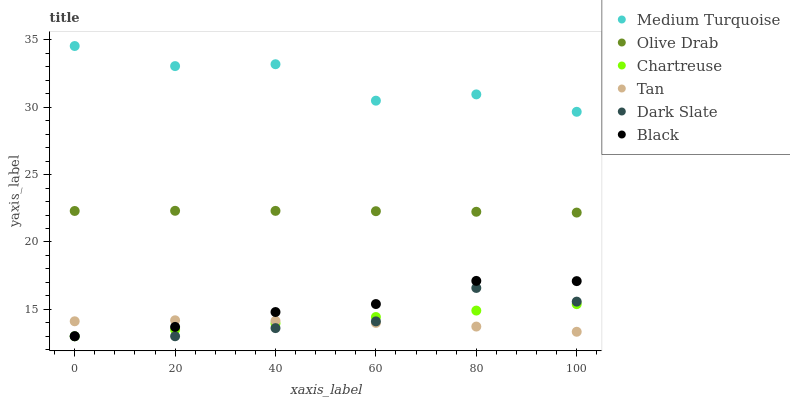
| xaxis_label | Medium Turquoise | Olive Drab | Chartreuse | Tan | Dark Slate | Black |
 | --- | --- | --- | --- | --- | --- | --- |
 | 0 | 34.6 | 22.3 | 13 | 14.1 | 13 | 13 |
 | 20 | 33.1 | 22.3 | 13.5 | 14.2 | 13 | 13.7 |
 | 40 | 33.2 | 22.3 | 14 | 14.1 | 13.6 | 14.8 |
 | 60 | 30.5 | 22.3 | 14.4 | 14 | 14.1 | 15.4 |
 | 80 | 31 | 22.2 | 14.9 | 13.7 | 16.6 | 17.1 |
 | 100 | 29.7 | 22.2 | 15.4 | 13.3 | 15.6 | 17.1 |